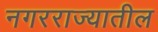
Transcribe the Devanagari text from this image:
नगरराज्यातील